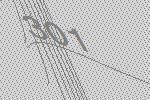
301